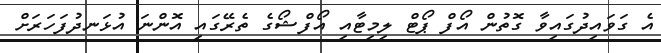
އެ ގަވައިދުގައިވާ ގޮތުން އޯފް ޕޯޓް ލިމިޓާއި އޯފްޝޯގެ ތެރޭގައި އޮންނަ އުޅަނދުފަހަރަށް